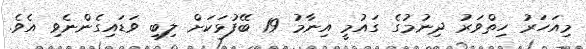
މިއަހަރު ހިތްވަރު ދިނުމުގެ ގައުމީ އިނާމު 19 ބޭފުޅަކަށް ލިބި ވަޑައިގެންނެވި އެވެ.